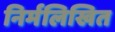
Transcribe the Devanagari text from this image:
निर्मलिखित